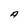
Character: A